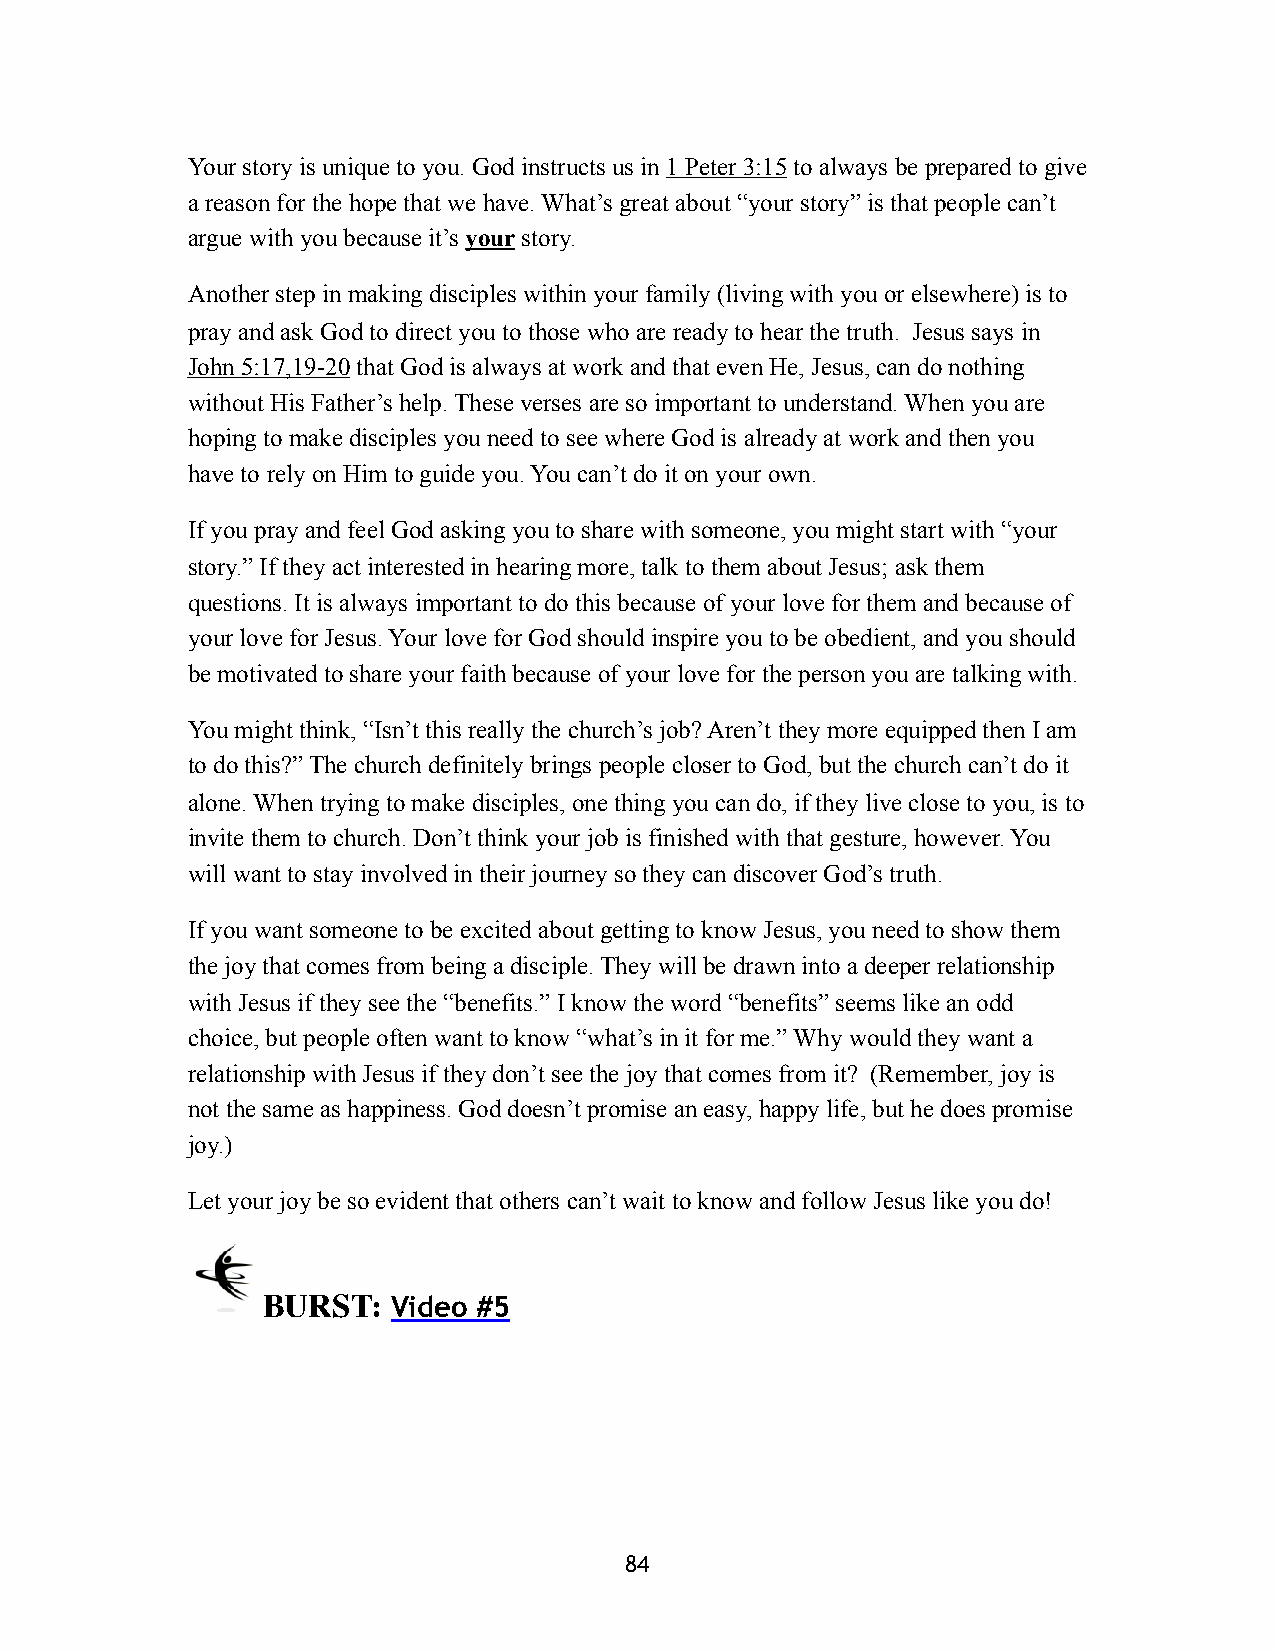
Your story is unique to you. God instructs us in 1 Peter 3:15 to always be prepared to give
 a reason for the hope that we have. What’s great about “your story” is that people can’t
 argue with you because it’s your story.
 Another step in making disciples within your family (living with you or elsewhere) is to
 pray and ask God to direct you to those who are ready to hear the truth. Jesus says in
 John 5:17,19-20 that God is always at work and that even He, Jesus, can do nothing
 without His Father’s help. These verses are so important to understand. When you are
 hoping to make disciples you need to see where God is already at work and then you
 have to rely on Him to guide you. You can’t do it on your own.
 If you pray and feel God asking you to share with someone, you might start with “your
 story.” If they act interested in hearing more, talk to them about Jesus; ask them
 questions. It is always important to do this because of your love for them and because of
 your love for Jesus. Your love for God should inspire you to be obedient, and you should
 be motivated to share your faith because of your love for the person you are talking with.
 You might think, “Isn’t this really the church’s job? Aren’t they more equipped then I am
 to do this?” The church definitely brings people closer to God, but the church can’t do it
 alone. When trying to make disciples, one thing you can do, if they live close to you, is to
 invite them to church. Don’t think your job is finished with that gesture, however. You
 will want to stay involved in their journey so they can discover God’s truth.
 If you want someone to be excited about getting to know Jesus, you need to show them
 the joy that comes from being a disciple. They will be drawn into a deeper relationship
 with Jesus if they see the “benefits.” I know the word “benefits” seems like an odd
 choice, but people often want to know “what’s in it for me.” Why would they want a
 relationship with Jesus if they don’t see the joy that comes from it? (Remember, joy is
 not the same as happiness. God doesn’t promise an easy, happy life, but he does promise
 joy.)
 Let your joy be so evident that others can’t wait to know and follow Jesus like you do!
     BURST:   Video #5
 84